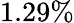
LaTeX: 1.29\%